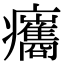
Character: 𤼒